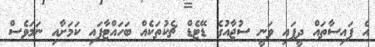
އެ ފައިސާތައް ދީފައި ވަނީ ސުޖާއުގެ ޑޭޓެޑް ޗެކުތަކެއް ބަހައްޓާފައި ކަމަށާއި ނަމަވެސް